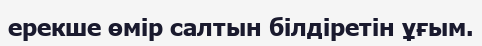
ерекше өмір салтын білдіретін ұғым.